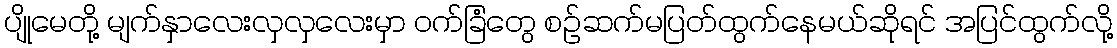
ပျိုမေတို့ မျက်နှာလေးလှလှလေးမှာ ဝက်ခြံတွေ စဉ်ဆက်မပြတ်ထွက်နေမယ်ဆိုရင် အပြင်ထွက်လို့